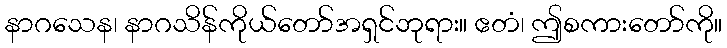
နာဂသေန၊ နာဂသိန်ကိုယ်တော်အရှင်ဘုရား။ ဧတံ၊ ဤစကားတော်ကို။